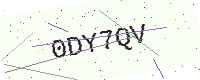
Text: 0DY7QV